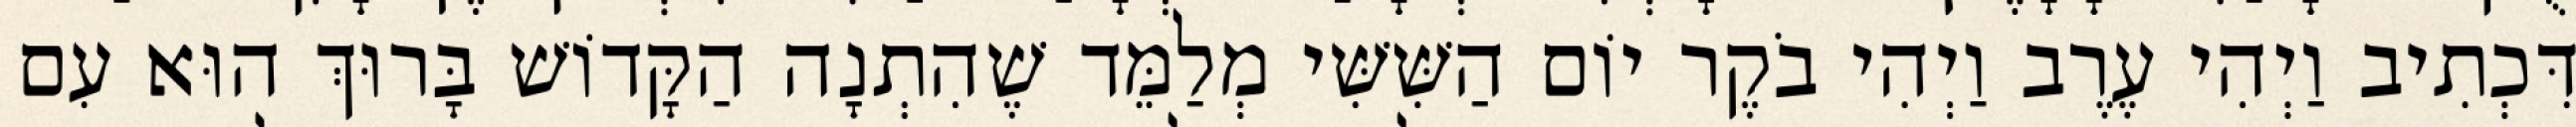
דִּכְתִיב וַיְהִי עֶרֶב וַיְהִי בֹקֶר יוֹם הַשִּׁשִּׁי מְלַמֵּד שֶׁהִתְנָה הַקָּדוֹשׁ בָּרוּךְ הוּא עִם